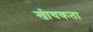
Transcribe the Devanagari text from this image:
खीचकता